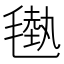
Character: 𣯭